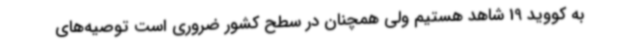
به کووید 19 شاهد هستیم ولی همچنان در سطح کشور ضروری است توصیه‌های